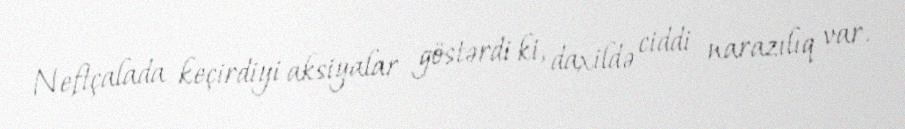
Neftçalada keçirdiyi aksiyalar göstərdi ki, daxildə ciddi narazılıq var.